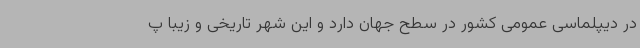
در دیپلماسی عمومی کشور در سطح جهان دارد و این شهر تاریخی و زیبا پ